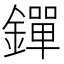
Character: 𨭐